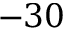
- 3 0